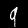
Label: 9